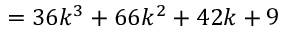
= 3 6 k ^ { 3 } + 6 6 k ^ { 2 } + 4 2 k + 9